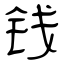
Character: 钱